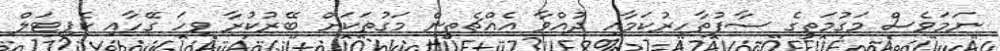
ނަމަވެސް މަގުމަތީގެ ސާފުތާހިރުކަމާއި ދުއްވާ އެއްޗެތީން މަގުތަކަށް ބޭރުކުރާ ވިހަ ގޭހާއި ކެޕިޓަލް